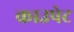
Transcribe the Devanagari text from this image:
काउपेट